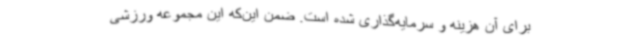
برای آن هزینه و سرمایه‌گذاری شده است. ضمن این‌که این مجموعه ورزشی